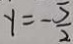
y = - \frac { 5 } { 2 }